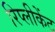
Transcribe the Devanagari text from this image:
रिप्लीकेंट